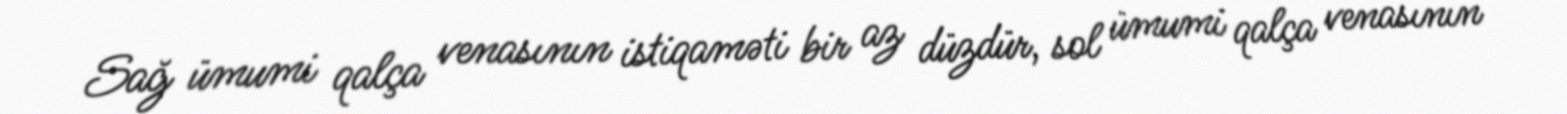
Sağ ümumi qalça venasının istiqaməti bir az düzdür, sol ümumi qalça venasının